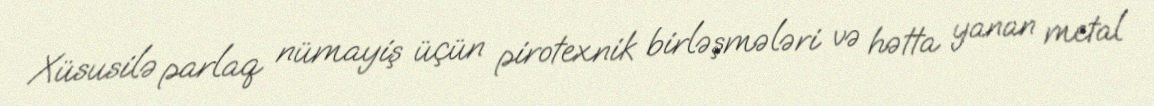
Xüsusilə parlaq nümayiş üçün pirotexnik birləşmələri və hətta yanan metal